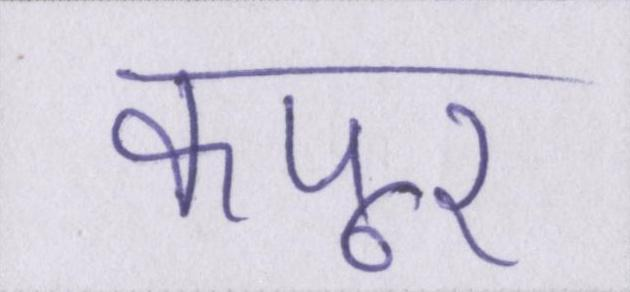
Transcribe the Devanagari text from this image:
कपूर